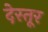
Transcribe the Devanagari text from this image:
देस्तूर